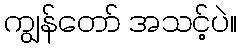
ကျွန်တော် အသင့်ပဲ။